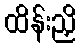
ထိန်းညှိ